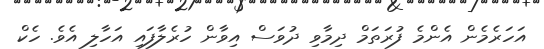
އަހަރެމެން އެންމެ ފުރަތަމް ދިމާވި ދުވަސް އިވާން ހުރެލާފައި އަހާލި އެވެ. ހެކް